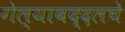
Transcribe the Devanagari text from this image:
गेल्याबद्दलचे